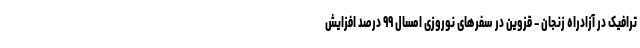
ترافیک در آزادراه زنجان – قزوین در سفرهای نوروزی امسال ۹۹ درصد افزایش